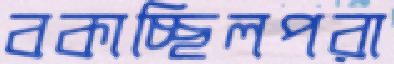
বকাচ্ছিলপরা